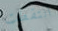
التقطت